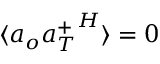
\langle { a } _ { o } { { a } _ { T } ^ { + } } ^ { H } \rangle = 0